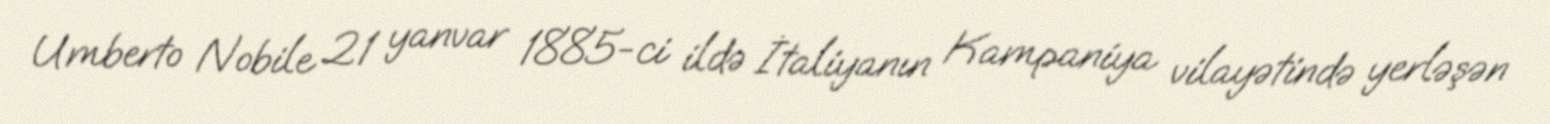
Umberto Nobile 21 yanvar 1885-ci ildə İtaliyanın Kampaniya vilayətində yerləşən